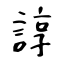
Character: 諄